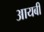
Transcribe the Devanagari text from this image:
आयबी